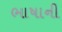
ભાષાની